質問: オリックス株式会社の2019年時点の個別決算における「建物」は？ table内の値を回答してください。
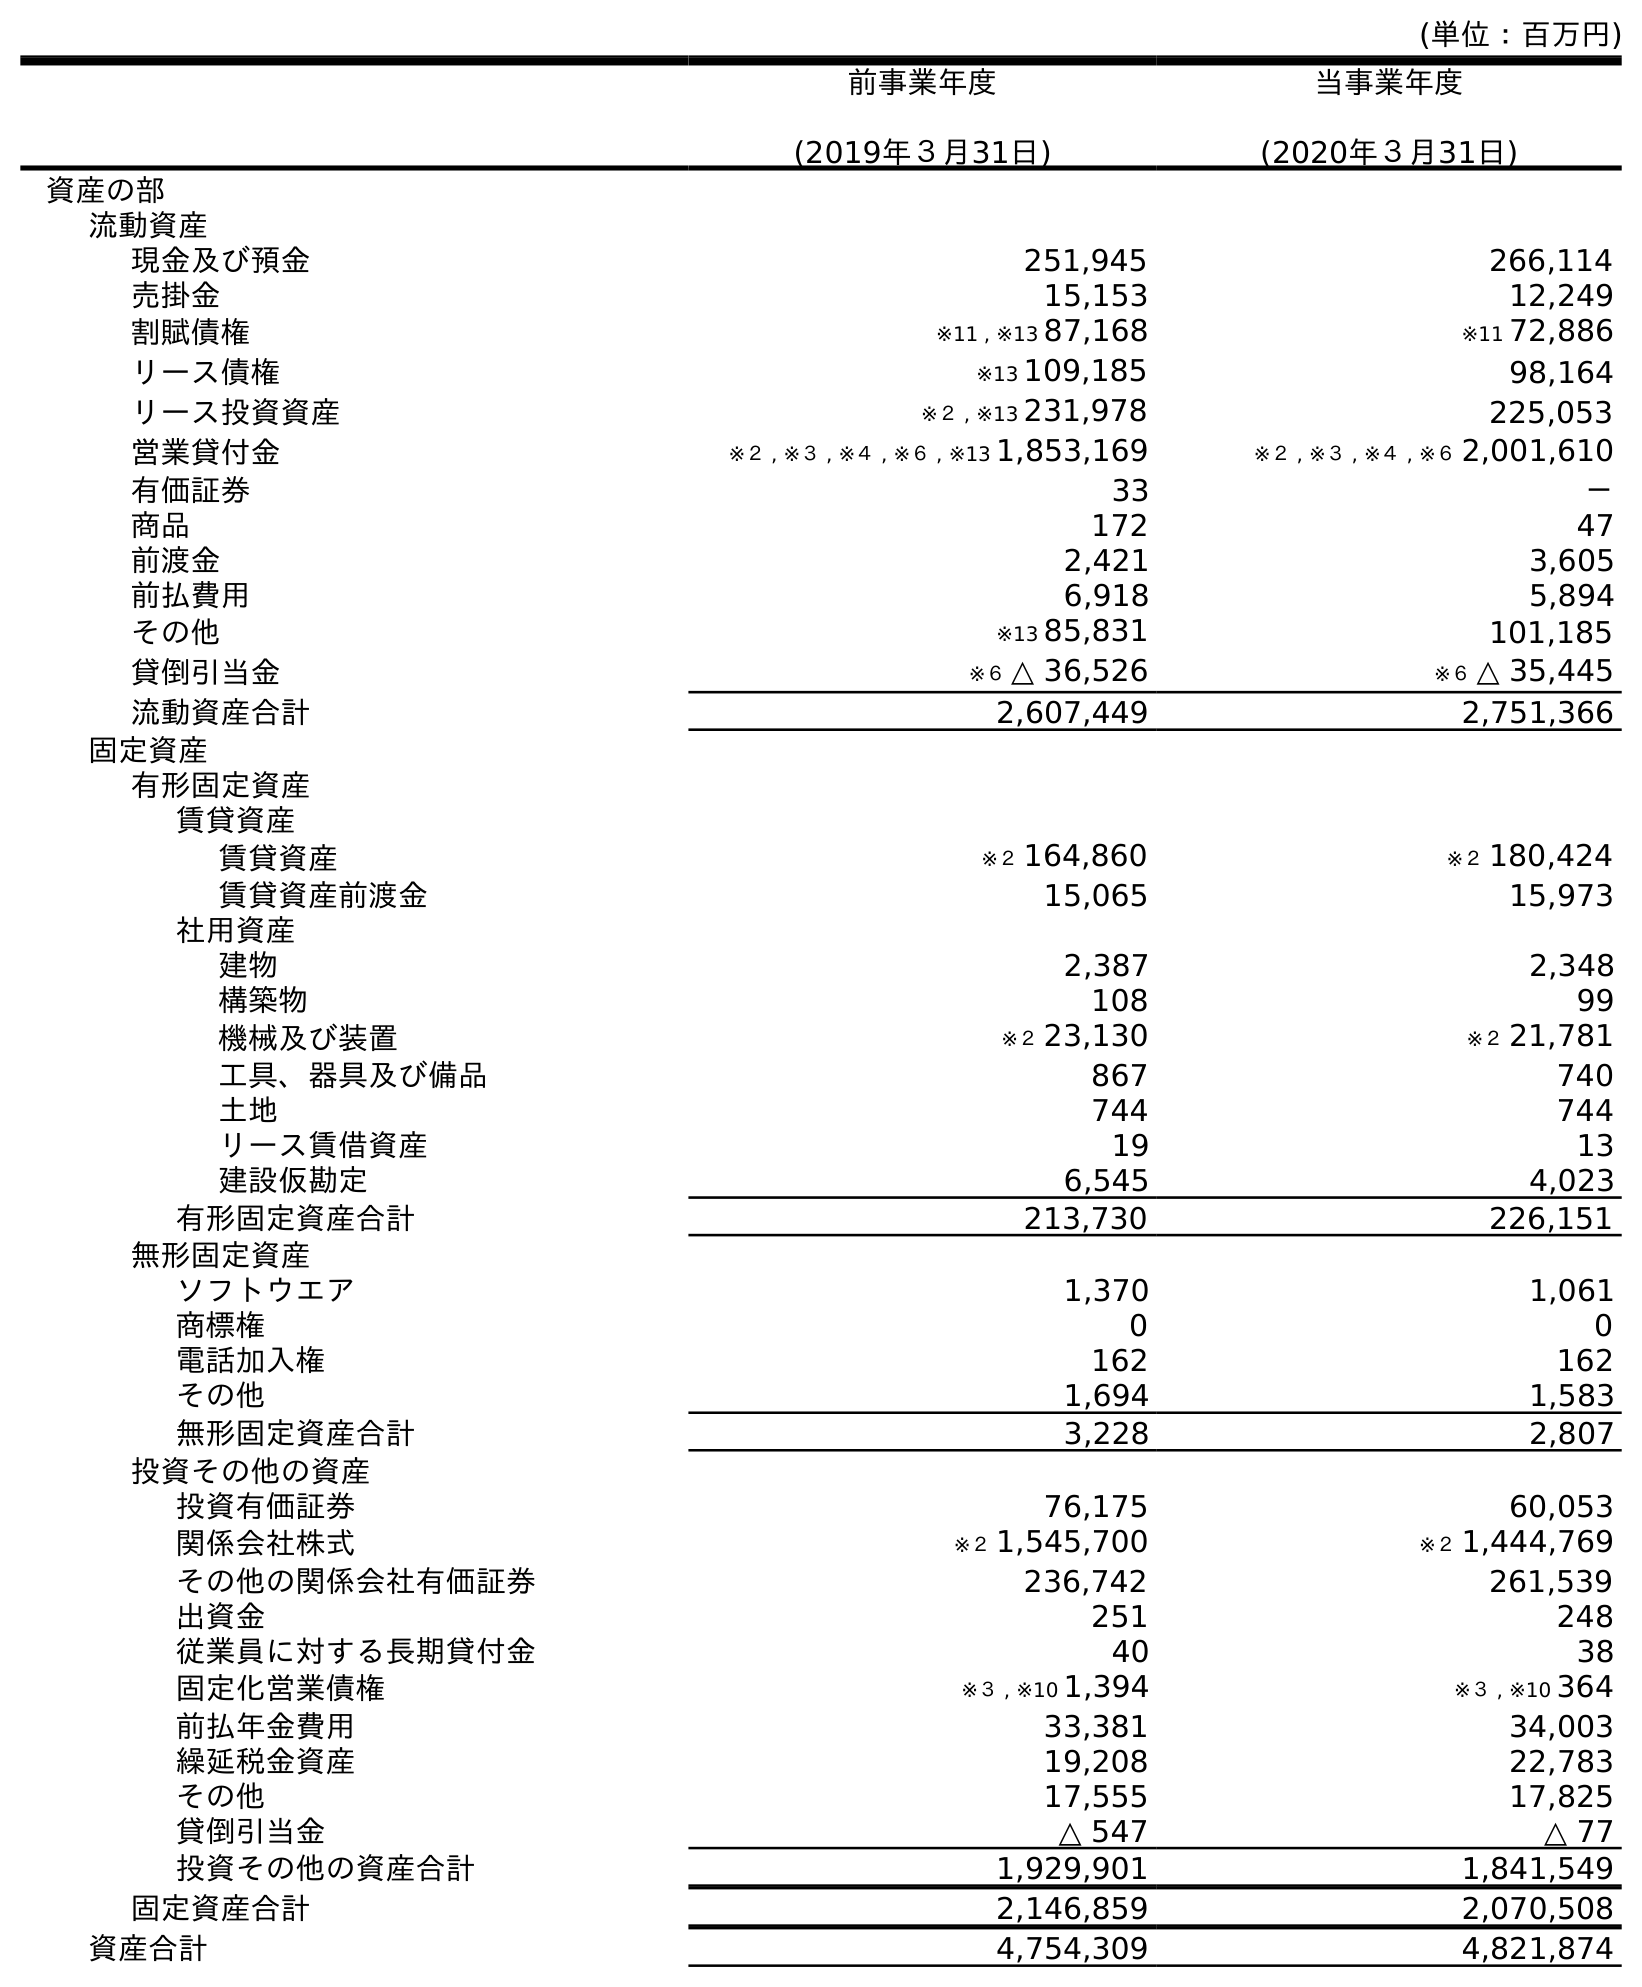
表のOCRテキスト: (単位：百万円) 前事業年度 (2019年３月31日) 当事業年度 (2020年３月31日) 資産の部 流動資産 現金及び預金 251,945 266,114 売掛金 15,153 12,249 割賦債権 ※11 , ※13 87,168 ※11 72,886 リース債権 ※13 109,185 98,164 リース投資資産 ※２ , ※13 231,978 225,053 営業貸付金 ※２ , ※３ , ※４ , ※６ , ※13 1,853,169 ※２ , ※３ , ※４ , ※６ 2,001,610 有価証券 33 － 商品 172 47 前渡金 2,421 3,605 前払費用 6,918 5,894 その他 ※13 85,831 101,185 貸倒引当金 ※６ △ 36,526 ※６ △ 35,445 流動資産合計 2,607,449 2,751,366 固定資産 有形固定資産 賃貸資産 賃貸資産 ※２ 164,860 ※２ 180,424 賃貸資産前渡金 15,065 15,973 社用資産 建物 2,387 2,348 構築物 108 99 機械及び装置 ※２ 23,130 ※２ 21,781 工具、器具及び備品 867 740 土地 744 744 リース賃借資産 19 13 建設仮勘定 6,545 4,023 有形固定資産合計 213,730 226,151 無形固定資産 ソフトウエア 1,370 1,061 商標権 0 0 電話加入権 162 162 その他 1,694 1,583 無形固定資産合計 3,228 2,807 投資その他の資産 投資有価証券 76,175 60,053 関係会社株式 ※２ 1,545,700 ※２ 1,444,769 その他の関係会社有価証券 236,742 261,539 出資金 251 248 従業員に対する長期貸付金 40 38 固定化営業債権 ※３ , ※10 1,394 ※３ , ※10 364 前払年金費用 33,381 34,003 繰延税金資産 19,208 22,783 その他 17,555 17,825 貸倒引当金 △ 547 △ 77 投資その他の資産合計 1,929,901 1,841,549 固定資産合計 2,146,859 2,070,508 資産合計 4,754,309 4,821,874
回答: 2,387